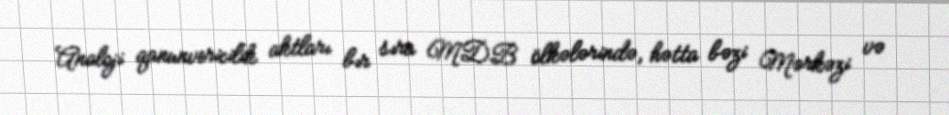
Analoji qanunvericilik aktları bır sıra MDB ölkələrində, hətta bəzi Mərkəzi və